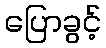
ပြောခွင့်